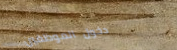
دخول الموظفين